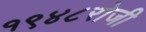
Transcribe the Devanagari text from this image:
१९४८रोजी